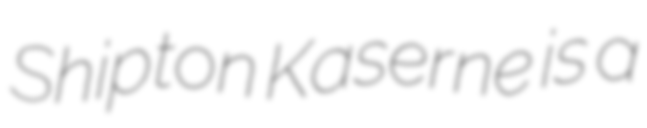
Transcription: Shipton Kaserne is a